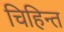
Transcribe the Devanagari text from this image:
चिहिन्त